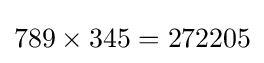
789\times 345=272205